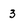
Character: 3